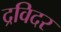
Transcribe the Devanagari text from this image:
द्रविदर